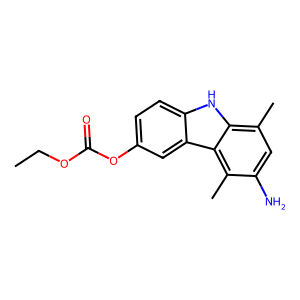
SMILES: CCOC(=O)Oc1ccc2[nH]c3c(C)cc(N)c(C)c3c2c1
Inhibits HIV replication: No